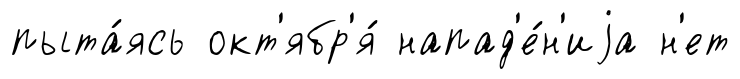
пыта́ясь окт'ябр'я́ напад'е́н'иjа н'ет